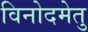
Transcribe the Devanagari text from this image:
विनोदमेतु